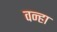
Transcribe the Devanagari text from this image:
वन्हा